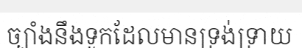
ច្បាំងនឹងទូកដែលមានទ្រង់ទ្រាយ